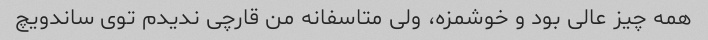
همه چیز عالی بود و خوشمزه، ولی متاسفانه من قارچی ندیدم توی ساندویچ